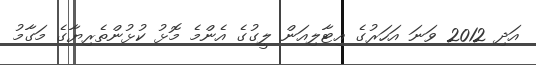
އަދި 2012 ވަނަ އަހަރުގެ އިޓާލިއަން ލީގުގެ އެންމެ މޮޅު ކުޅުންތެރިޔާގެ މަގާމު